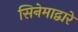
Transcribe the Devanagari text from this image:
सिनेमाद्वारे